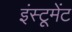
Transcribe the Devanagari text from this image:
इंस्टूमेंट